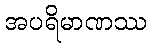
အပရိမာဏဿ